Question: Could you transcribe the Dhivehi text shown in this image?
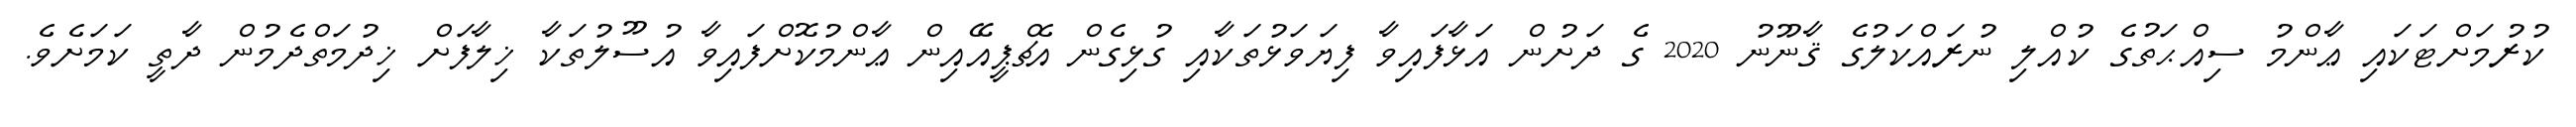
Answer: ކުރުމަށްޓަކައި ޢާންމު ސިއްޙަތުގެ ކުއްލި ނުރައްކަލުގެ ޤާނޫނު 2020 ގެ ދަށުން އަޅާފައިވާ ފިޔަވަޅުތަކާއި ގުޅިގެން އެޗްޕީއޭއިން ޢާންމުކޮށްފައިވާ އުސޫލުތަކާ ޚިލާފަށް ޚިދުމަތްދެމުން ދާތީ ކަމަށެވެ.